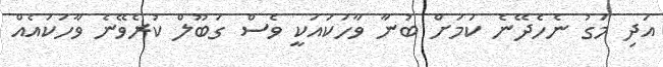
އަދި މަގު ނެހެދޭނެ ކަމަށް ބުނާ ވާހަކައަކީ ވެސް ގަބޫލް ކުރެވޭނެ ވާހަކައެއް